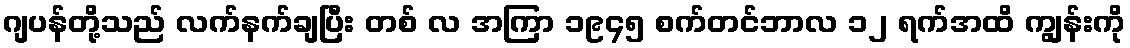
ဂျပန်တို့သည် လက်နက်ချပြီး တစ် လ အကြာ ၁၉၄၅ စက်တင်ဘာလ ၁၂ ရက်အထိ ကျွန်းကို